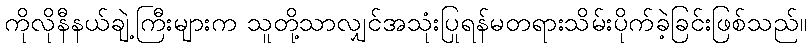
ကိုလိုနီနယ်ချဲ့ကြီးများက သူတို့သာလျှင်အသုံးပြုရန်မတရားသိမ်းပိုက်ခဲ့ခြင်းဖြစ်သည်။